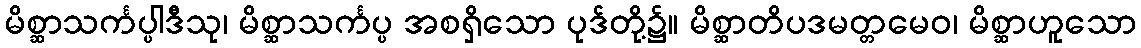
မိစ္ဆာသင်္ကပ္ပါဒီသု၊ မိစ္ဆာသင်္ကပ္ပ အစရှိသော ပုဒ်တို့၌။ မိစ္ဆာတိပဒမတ္တမေဝ၊ မိစ္ဆာဟူသော